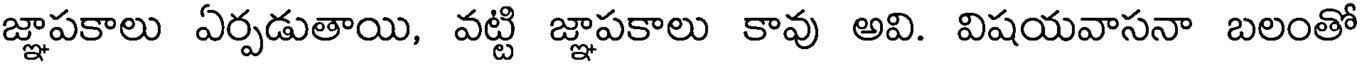
జ్ఞాపకాలు ఏర్పడుతాయి, వట్టి జ్ఞాపకాలు కావు అవి. విషయవాసనా బలంతో